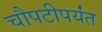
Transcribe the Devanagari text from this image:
चौपटीपर्यंत